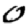
Digit: 0